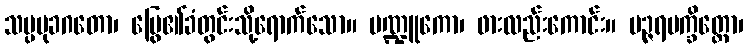
သပ္ပမုခဂတော၊ မြွေ၏ခံတွင်းသို့ရောက်သော။ မဏ္ဍူကော၊ ဖားလည်းကောင်း။ ပဉ္ဇရပက္ခိတ္တော၊